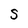
Character: S